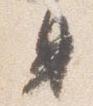
身